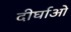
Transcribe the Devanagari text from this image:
दीर्घाओ